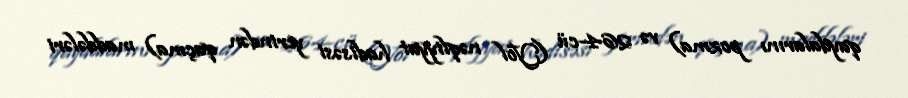
qaydalarını pozma) və 264-cü (Yol nəqliyyat hadisəsi yerindən qaçma) maddələri